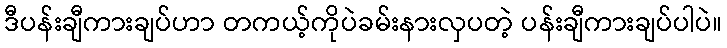
ဒီပန်းချီကားချပ်ဟာ တကယ့်ကိုပဲခမ်းနားလှပတဲ့ ပန်းချီကားချပ်ပါပဲ။